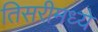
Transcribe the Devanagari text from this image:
तिसरीमध्ये